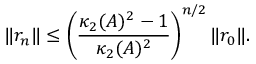
\| r _ { n } \| \leq \left( { \frac { \kappa _ { 2 } ( A ) ^ { 2 } - 1 } { \kappa _ { 2 } ( A ) ^ { 2 } } } \right) ^ { n / 2 } \| r _ { 0 } \| .